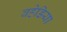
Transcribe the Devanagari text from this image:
बहेडिया